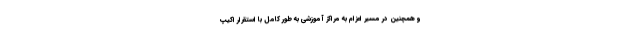
و همچنین در مسیر اعزام به مراکز آموزشی به طور کامل با استقرار اکیپ